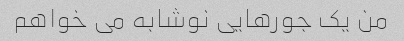
من یک جورهایی نوشابه می خواهم